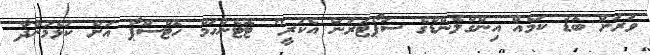
ވަރަށް ބޮޑު ކަމެއް އިންގްލެންޑްގެ ސަޕޯޓަރުން އެކުރީ" ޓޮޓެންހަމް ހޮޓްސްޕާ އަށް ކުޅެމުންދާ